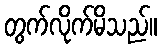
တွက်လိုက်မိသည်။